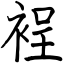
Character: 裎